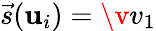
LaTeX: \vec{s}(\mathbf{u}_{i})=\v v_{1}